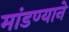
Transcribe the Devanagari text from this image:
मांडण्याने